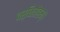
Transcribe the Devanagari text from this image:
वर्धितोहम्।